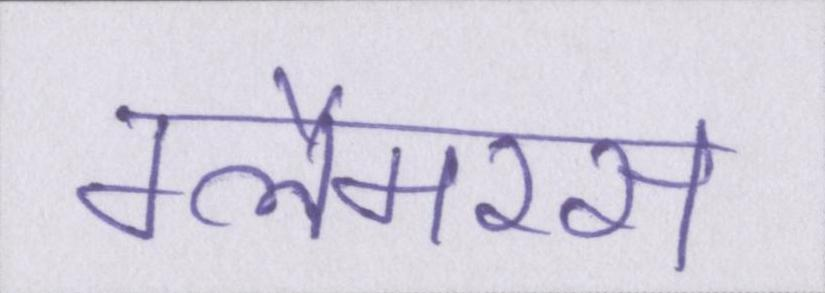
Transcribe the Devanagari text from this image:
ग्लैमरस